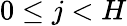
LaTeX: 0\leq j<H